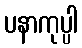
ပနာကုပ္ပါ